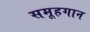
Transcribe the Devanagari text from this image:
समूहगान